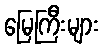
မြေကြီးများ